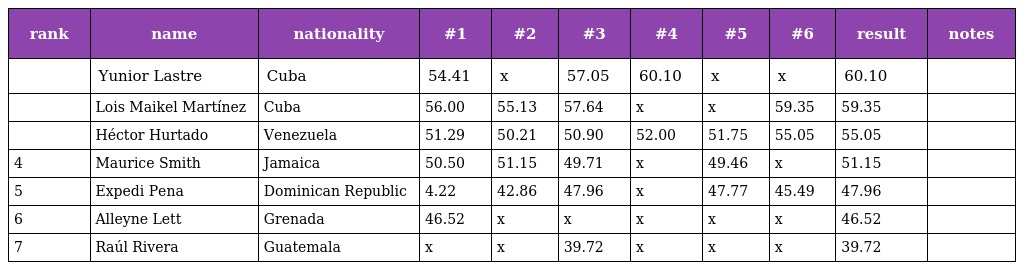
| rank | name | nationality | #1 | #2 | #3 | #4 | #5 | #6 | result | notes |
 | --- | --- | --- | --- | --- | --- | --- | --- | --- | --- | --- |
 |  | Yunior Lastre | Cuba | 54.41 | x | 57.05 | 60.10 | x | x | 60.10 |  |
 |  | Lois Maikel Martínez | Cuba | 56.00 | 55.13 | 57.64 | x | x | 59.35 | 59.35 |  |
 |  | Héctor Hurtado | Venezuela | 51.29 | 50.21 | 50.90 | 52.00 | 51.75 | 55.05 | 55.05 |  |
 | 4 | Maurice Smith | Jamaica | 50.50 | 51.15 | 49.71 | x | 49.46 | x | 51.15 |  |
 | 5 | Expedi Pena | Dominican Republic | 4.22 | 42.86 | 47.96 | x | 47.77 | 45.49 | 47.96 |  |
 | 6 | Alleyne Lett | Grenada | 46.52 | x | x | x | x | x | 46.52 |  |
 | 7 | Raúl Rivera | Guatemala | x | x | 39.72 | x | x | x | 39.72 |  |